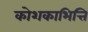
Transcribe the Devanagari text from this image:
कोशकाभित्ति